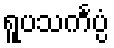
ရူပသင်္ကပ္ပံ